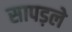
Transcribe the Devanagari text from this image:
सापड़ले